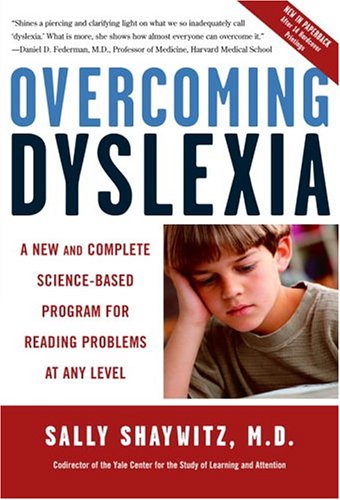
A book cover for Overcoming Dyslexia: A New and Complete Science-Based Program for Reading Problems at Any Level; Sally Shaywitz M.D.; Education & Teaching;